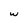
Character: w